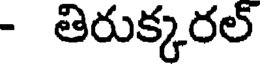
- తిరుక్కరల్